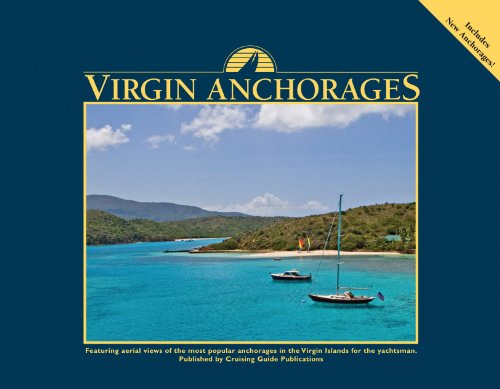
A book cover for Virgin Anchorages; Nancy Scott; Engineering & Transportation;